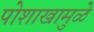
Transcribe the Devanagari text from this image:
पोशाखामुळे